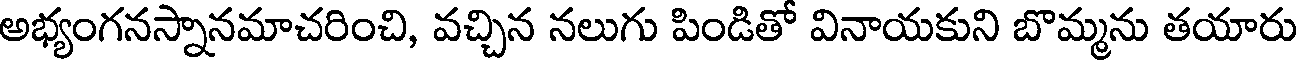
అభ్యంగనస్నానమాచరించి, వచ్చిన నలుగు పిండితో వినాయకుని బొమ్మను తయారు